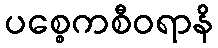
ပစ္စေကစီဝရာနိ